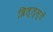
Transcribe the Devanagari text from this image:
ब्रिल्ल्स्तें